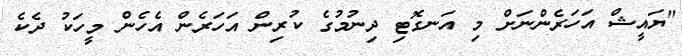
"ޔައީޝް އަހަރެންނަށް މި އަނގޮޓި ދިނުމުގެ ކުރިން އަހަރެން އެހެން މީހަކު ދެކެ